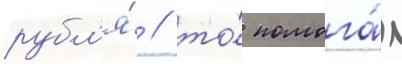
рубл'я́ / то́ помога́л